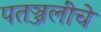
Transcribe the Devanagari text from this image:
पतञ्जलींचे